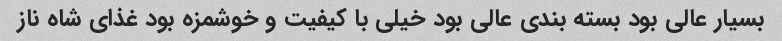
بسیار عالی بود بسته بندی عالی بود خیلی با کیفیت و خوشمزه بود غذای شاه ناز